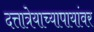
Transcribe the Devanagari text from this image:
दत्तात्रेयाच्यापायांवर